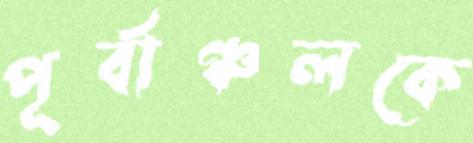
পূর্বাঞ্চলকে